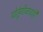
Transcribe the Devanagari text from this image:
पोर्तुगीजाचांही